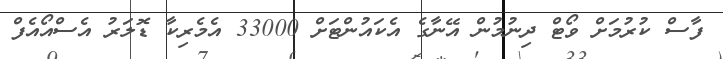
ފާސް ކުރުމަށް ވޯޓް ދިނުމުން އޭނާގެ އެކައުންޓަށް 33000 އެމެރިކާ ޑޮލަރު އެސްއޯއެފް